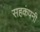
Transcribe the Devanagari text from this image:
सहकंपनी